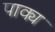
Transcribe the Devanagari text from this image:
पाक्य